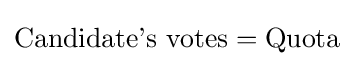
{\text{Candidate's votes}}={\text{Quota}}